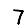
Digit: 7